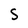
Character: S